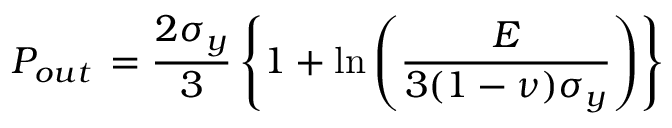
P _ { o u t } \, = \frac { 2 \sigma _ { y } } { 3 } \left\{ 1 + \ln \left( \frac { E } { 3 ( 1 - \nu ) \sigma _ { y } } \right) \right\}